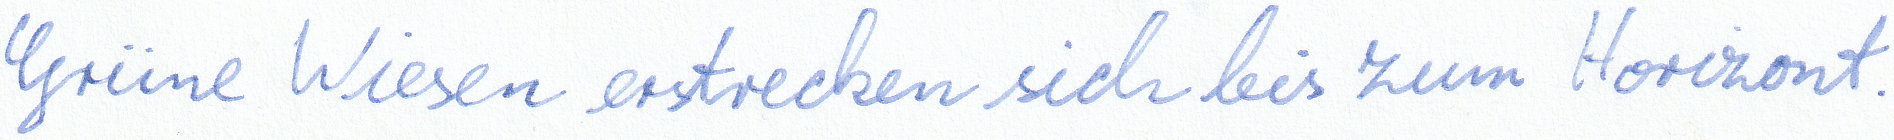
Grüne Wiesen erstrecken sich bis zum Horizont.